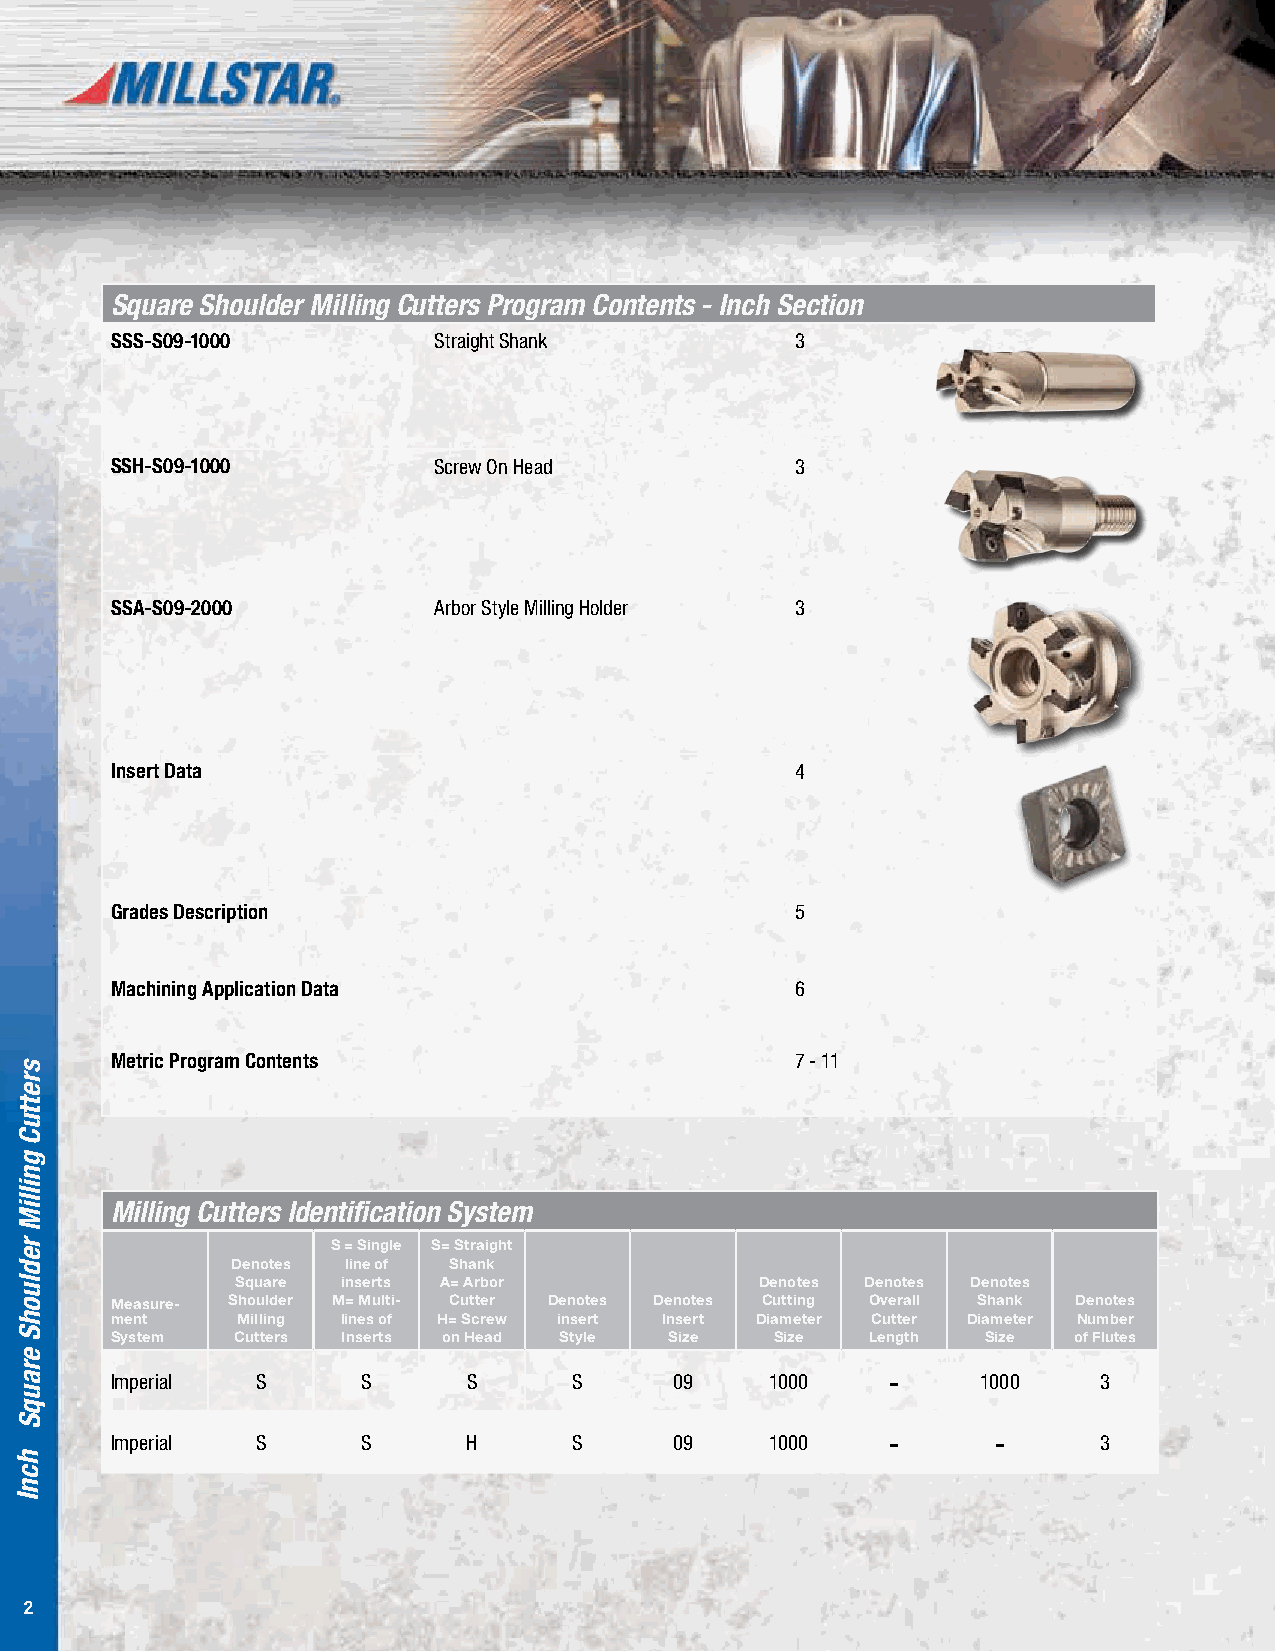
Square Shoulder Milling Cutters Program Contents - Inch Section
 SSS-S09-1000          Straight Shank          3
 SSH-S09-1000          Screw On Head           3
 SSA-S09-2000          Arbor Style Milling Holder 3
 Insert Data                                   4
 Grades Description                            5
 Machining Application Data                    6
 Metric Program Contents                       7 - 11
 Milling Cutters Identification System
 S = Single S= Straight
 Denotes line of Shank
 Square inserts A= Arbor           Denotes Denotes Denotes
 Measure- Shoulder M= Multi- Cutter Denotes Denotes Cutting Overall Shank Denotes
 ment     Milling lines of H= Screw insert Insert Diameter Cutter Diameter Number
 System  Cutters Inserts on Head Style Size  Size   Length Size  of Flutes
 Imperial  S      S      S      S      09    1000    -     1000    3
 Imperial  S      S      H      S      09    1000    -      -      3
 2                                                                         Page 2
 srettuC
 gnilliM
 redluohS
 erauqS
 hcnI